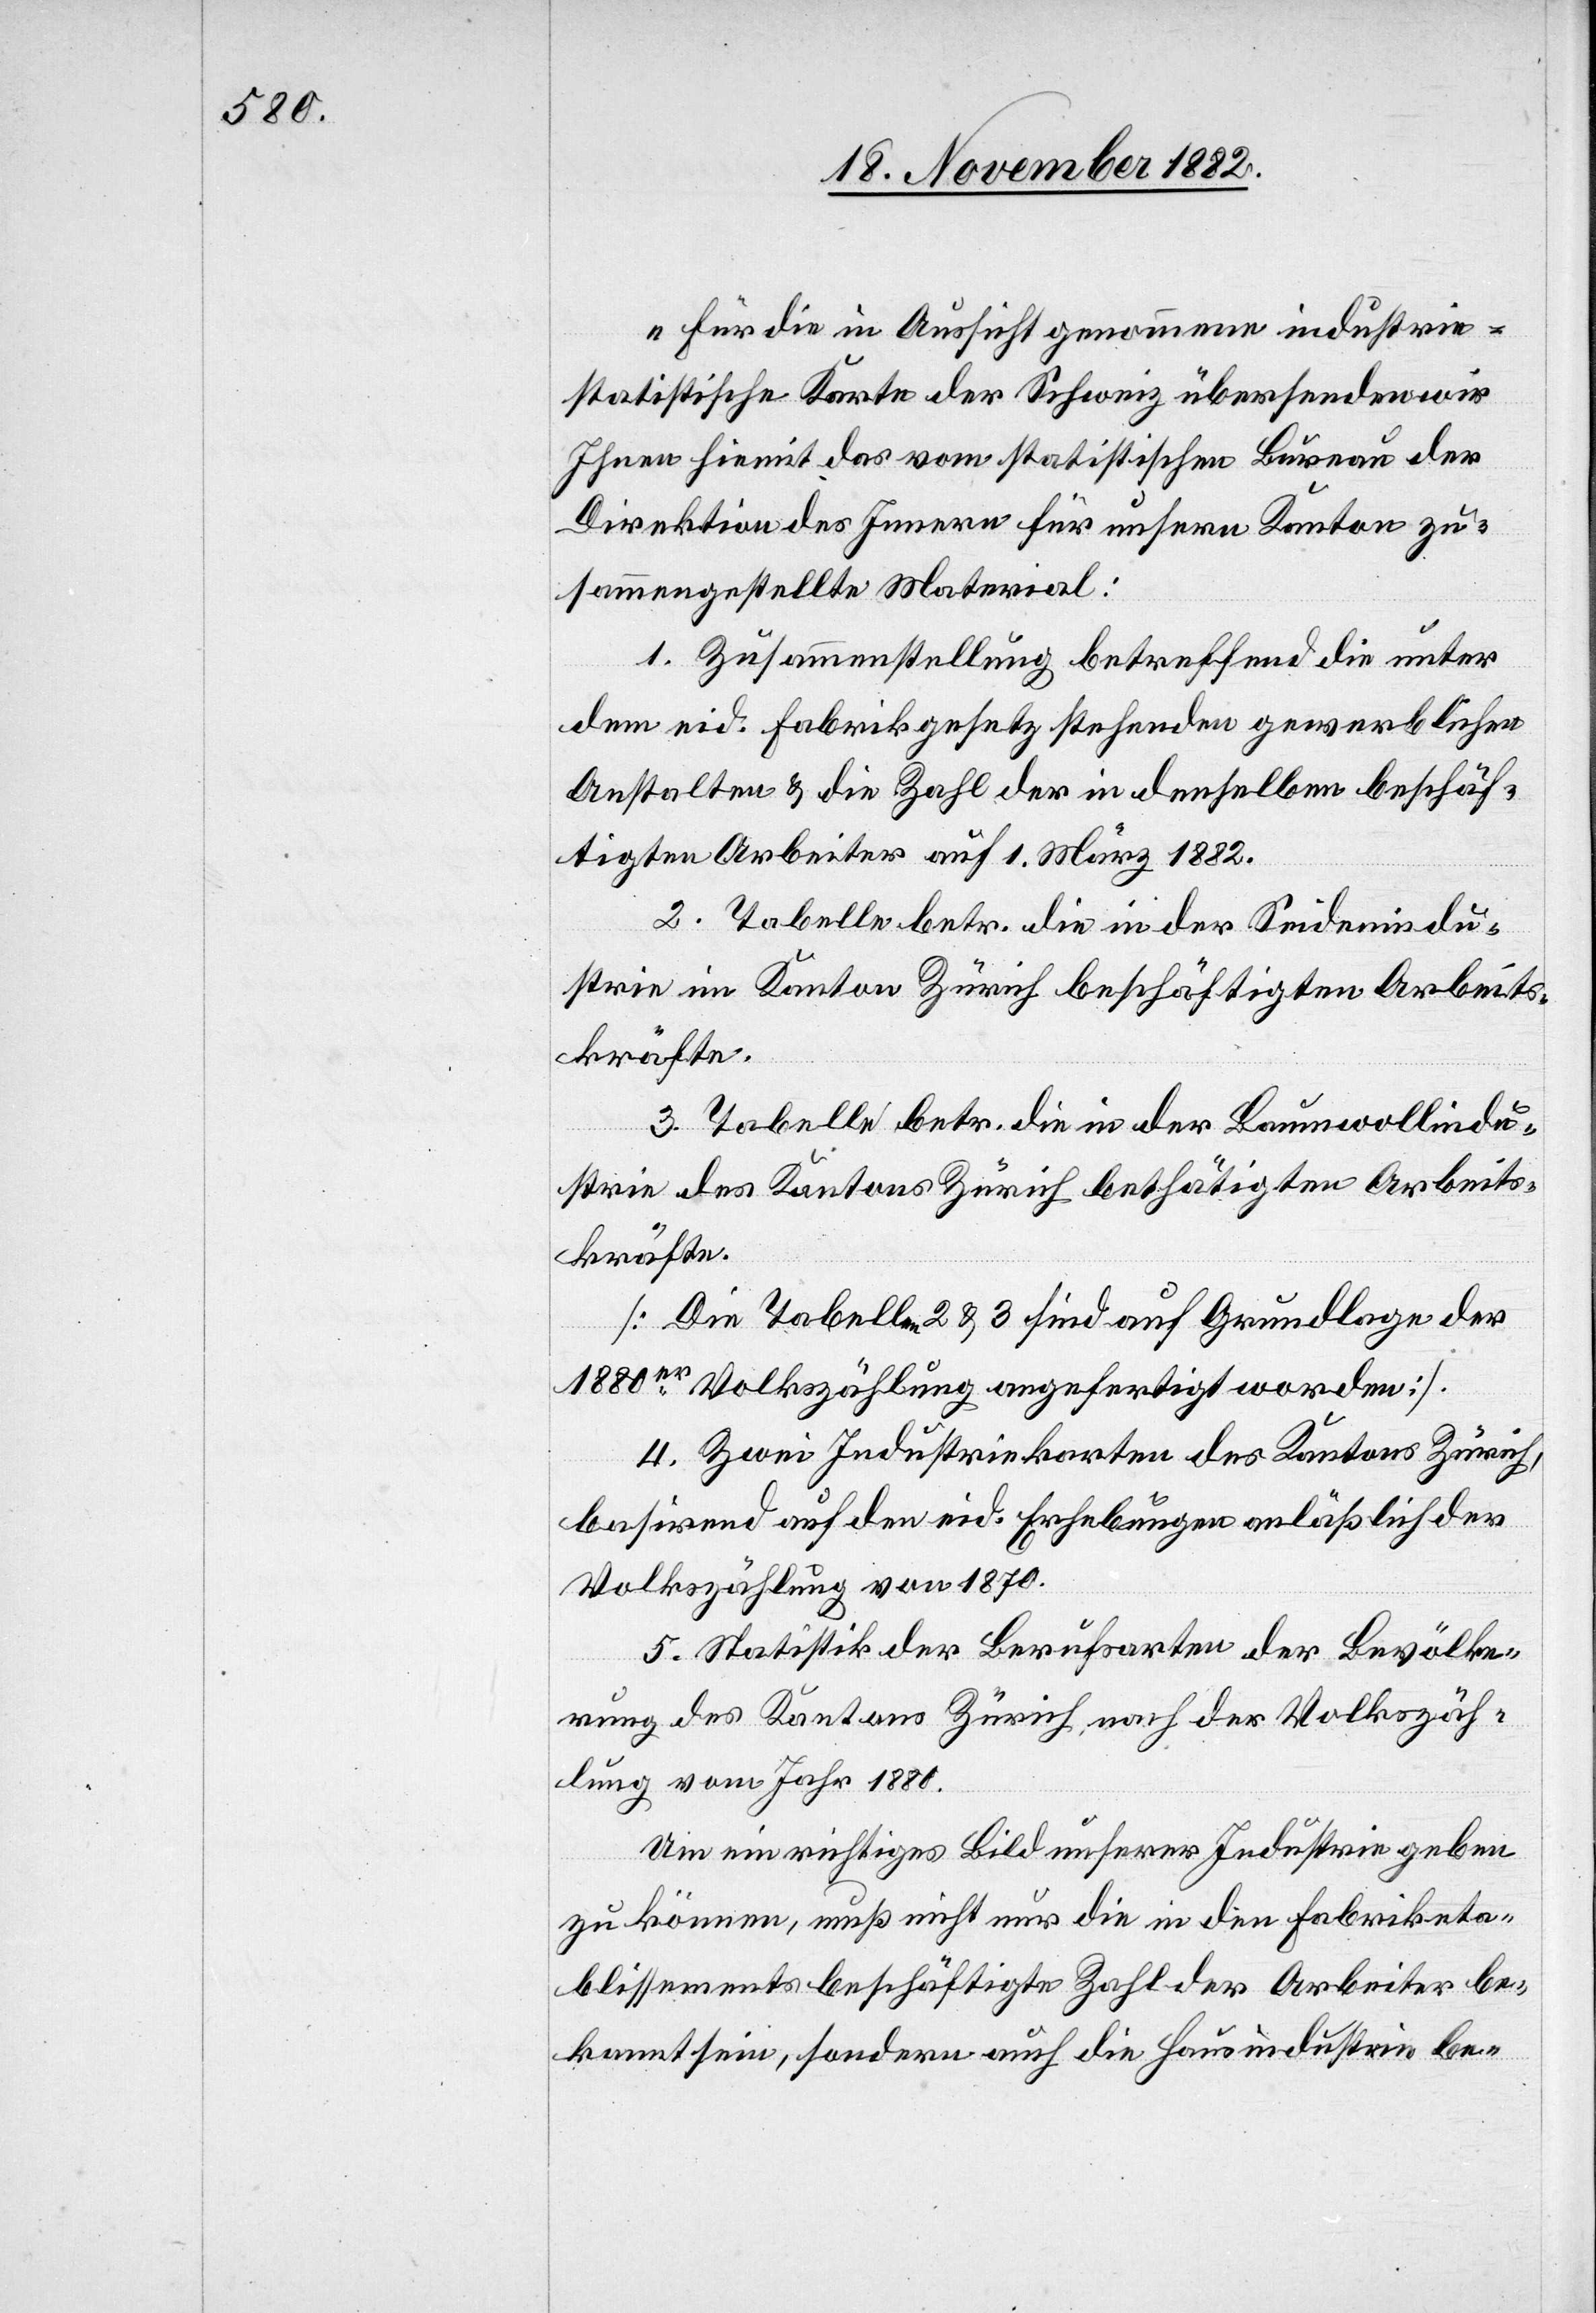
„Für die in Aussicht genommene industrie¬
statistische Karte der Schweiz übersenden wir
Ihnen hiemit das vom statistischen Bureau der
Direktion des Innern für unsern Kanton zu¬
sammengestellte Material:
1. Zusammenstellung betreffend die unter
dem eid. Fabrikgesetz stehenden gewerblichen
Anstalten & die Zahl der in denselben beschäf¬
tigten Arbeiter auf 1. März 1882.
2. Tabelle betr. die in der Seidenindu¬
strie im Kanton Zürich beschäftigten Arbeits¬
kräfte.
3. Tabelle betr. die in der Baumwollindu¬
strie des Kantons Zürich bethätigten Arbeits¬
kräfte.
[Die Tabellen 2 & 3 sind auf Grundlage der
1180er Volkszählung angefertigt worden].
4. Zwei Industriekarten des Kantons Zürich,
basirend auf den eid. Erhebungen anläßlich der
Volkszählung von 1870.
5. Statistik der Berufsarten der Bevölke¬
rung des Kantons Zürich, nach der Volkszäh¬
lung vom Jahr 1880.
Um ein richtiges Bild unserer Industrie geben
zu können, muß nicht nur die in den Fabriketa¬
blissements beschäftigte Zahl der Arbeiter be¬
kannt sein, sondern auch die Hausindustrie be-